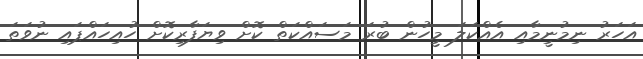
އަހަރު ނިމުނީމާއި އެއްކަލަ މީހުން ބުރަ މަސައްކަތް ކޮށް ވިޔަފާރިކޮށް ހުއިހައްޕައި ނުވަތަ